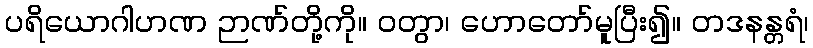
ပရိယောဂါဟဏ ဉာဏ်တို့ကို။ ဝတွာ၊ ဟောတော်မူပြီး၍။ တဒနန္တရံ၊